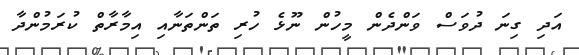
އަދި ގިނަ ދުވަސް ވަންދެން މީހުން ނޫޅެ ހުރި ތަންތަނާއި އިމާރާތް ކުރަމުންދާ